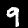
Digit: 9